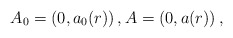
\begin{align*} A_0=(0, a_0(r))\,, A=(0, a(r))\,,\end{align*}